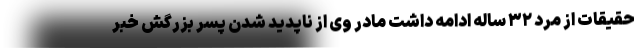
حقیقات از مرد ۳۲ ساله ادامه داشت مادر وی از ناپدید شدن پسر بزرگش خبر